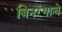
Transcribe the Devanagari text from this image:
बिनरंगाचे